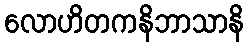
လောဟိတကနိဘာသာနိ